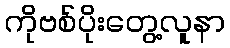
ကိုဗစ်ပိုးတွေ့လူနာ